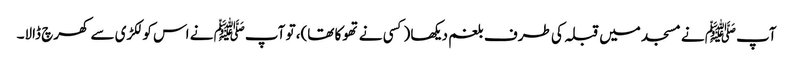
آپﷺ نے مسجد میں قبلہ کی طرف بلغم دیکھا (کسی نے تھوکا تھا)، تو آپﷺ نے اس کو لکڑی سے کھرچ ڈالا۔